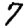
Digit: 7